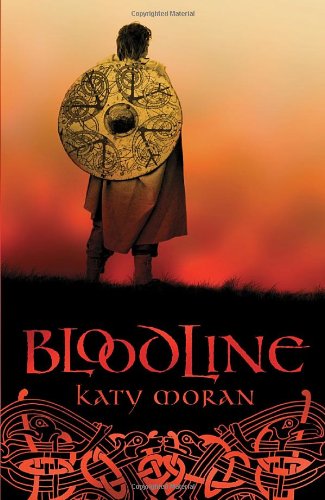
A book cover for Bloodline; Katy Moran; Teen & Young Adult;